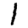
Digit: 1